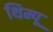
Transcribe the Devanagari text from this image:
थिम्पू